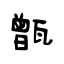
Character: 甑